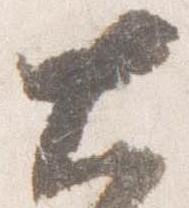
大